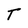
Character: T